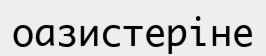
оазистеріне